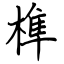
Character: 榫